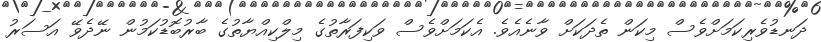
ދަނޑުވެރިކަމަށްވެސް މިކަން ތެދަކަށް ވާނެއެވެ. އެކަމަށްވެސް ވަކިފަރާތުގެ މިލްކިއްޔާތުގެ ބާރުބޮޑުކަމުން ނޭދެވޭ އަސަރު